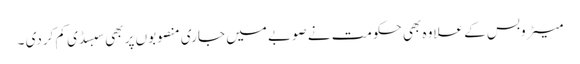
میٹروبس کے علاوہ بھی حکومت نے صوبے میں جاری منصوبوں پر بھی سبسڈی کم کردی ۔